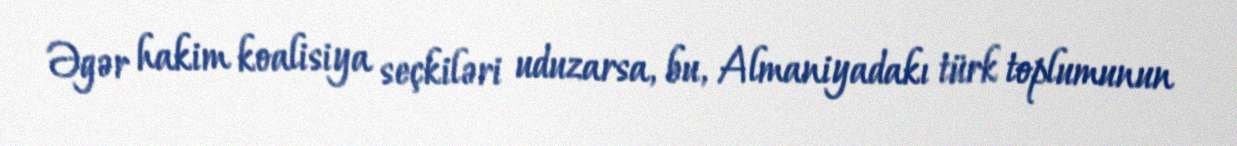
Əgər hakim koalisiya seçkiləri uduzarsa, bu, Almaniyadakı türk toplumunun